Annual report on the Civil Veterinary Department, Burma (including the Insein Veterinary School) - 1923-1931
Year: 1923
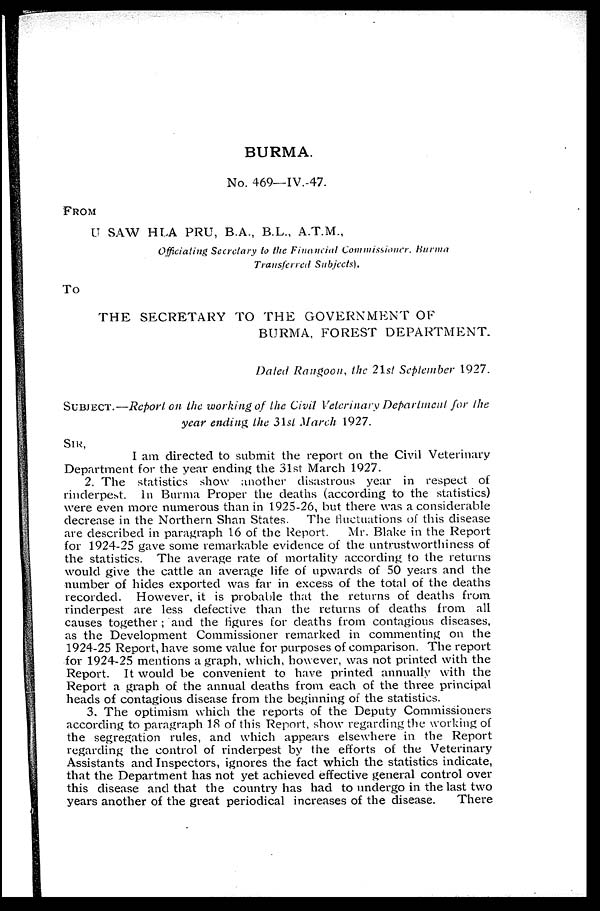
BURMA.
No. 469—IV.-47.
FROM
U SAW HLA PRU, B.A., B.L., A.T.M.,
Officiating Secretary to the Financial Commissioner, Burma
Transferred Subjects).
To
THE SECRETARY TO THE GOVERNMENT OF
BURMA, FOREST DEPARTMENT.
Dated Rangoon, the 21st September 1927.
SUBJECT.—Report on the working of the Civil Veterinary Department for the
year ending the 31st March 1927.
SIR,
I am directed to submit the report on the Civil Veterinary
Department for the year ending the 31st March 1927.
2. The statistics show another disastrous year in respect of
rinderpest. In Burma Proper the deaths (according to the statistics)
were even more numerous than in 1925-26, but there was a considerable
decrease in the Northern Shan States. The fluctuations of this disease
are described in paragraph 16 of the Report.
Mr. Blake in the Report
for 1924-25 gave some remarkable evidence of the untrustworthiness of
the statistics. The average rate of mortality according to the returns
would give the cattle an average life of upwards of 50 years and the
number of hides exported was far in excess of the total of the deaths
recorded. However, it is probable that the returns of deaths from
rinderpest are less defective than the returns of deaths from all
causes together; and the figures for deaths from contagious diseases,
as the Development Commissioner remarked in commenting on the
1924-25 Report, have some value for purposes of comparison. The report
for 1924-25 mentions a graph, which, however, was not printed with the
Report. It would be convenient to have printed annually with the
Report a graph of the annual deaths from each of the three principal
heads of contagious disease from the beginning of the statistics.
3. The optimism which the reports of the Deputy Commissioners
according to paragraph 18 of this Report, show regarding the working of
the segregation rules, and which appears elsewhere in the Report
regarding the control of rinderpest by the efforts of the Veterinary
Assistants and Inspectors, ignores the fact which the statistics indicate,
that the Department has not yet achieved effective general control over
this disease and that the country has had to undergo in the last two
years another of the great periodical increases of the disease.
There